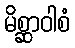
မိစ္ဆာဝါစံ